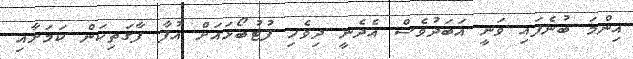
އިންމަ ބުނެފައި ވަނީ އަބަދުވެސް އެދެނީ ދިވެހި ފުޓުބޯޅައަށް އުފާ ފާގަތިކަން ކަމަށާއި